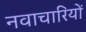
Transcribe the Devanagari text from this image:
नवाचारियों